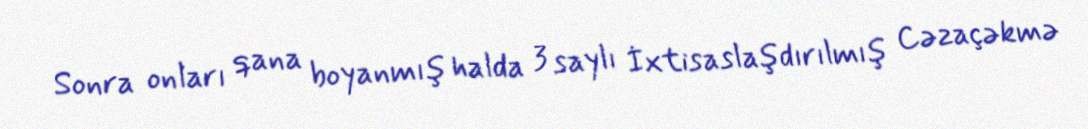
Sonra onları qana boyanmış halda 3 saylı İxtisaslaşdırılmış Cəzaçəkmə